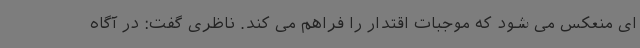
ای منعکس می شود که موجبات اقتدار را فراهم می کند. ناظری گفت: در آگاه